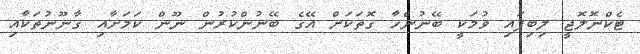
ޓެކްނޮލޮޖީ ލިބިފައި ވުމަކީ ބޭނުންހާ ގޮތަކަށް އޭގެ ބޭނުންކުރުން ނޫން ކަމަށާއި ގާނޫނުތަކާއި